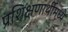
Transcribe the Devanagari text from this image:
प्रशिक्षणार्थीमध्ये